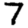
Digit: 7